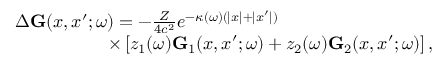
\begin{array} { r } { \Delta \ensuremath { \mathbf { G } } ( x , x ^ { \prime } ; \omega ) = - \frac { Z } { 4 c ^ { 2 } } e ^ { - \kappa ( \omega ) ( | x | + | x ^ { \prime } | ) } \phantom { x x x x x x x x x x x x x x x } } \\ { \times \left[ z _ { 1 } ( \omega ) \ensuremath { \mathbf { G } } _ { 1 } ( x , x ^ { \prime } ; \omega ) + z _ { 2 } ( \omega ) \ensuremath { \mathbf { G } } _ { 2 } ( x , x ^ { \prime } ; \omega ) \right] , } \end{array}